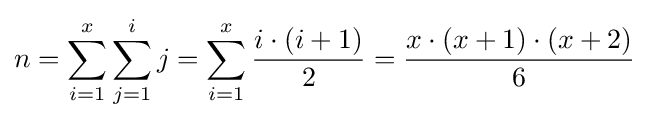
n=\sum _{i=1}^{x}\sum _{j=1}^{i}j=\sum _{i=1}^{x}{\frac {i\cdot (i+1)}{2}}={\frac {x\cdot (x+1)\cdot (x+2)}{6}}